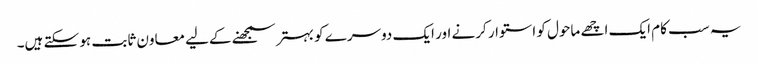
یہ سب کام ایک اچھے ماحول کو استوار کرنے اور ایک دوسرے کو بہتر سمجھنے کےلیے معاون ثابت ہو سکتے ہیں۔